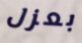
بعزل